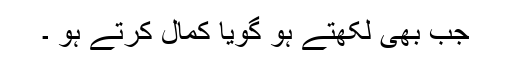
جب بھی لکھتے ہو گویا کمال کرتے ہو ۔